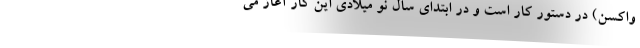
واکسن) در دستور کار است و در ابتدای سال نو میلادی این کار آغاز می